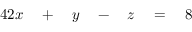
\begin{array} { r l r l r l r l } { { 4 } 2 x } & { { } { } + { } } & { y } & { { } { } - { } } & { z } & { { } { } = { } } & { 8 } & { { } } \end{array}